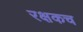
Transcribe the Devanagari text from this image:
रक्षकच